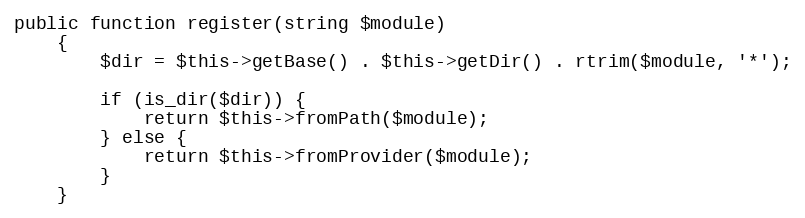
Language: PHP
public function register(string $module)
    {
        $dir = $this->getBase() . $this->getDir() . rtrim($module, '*');

        if (is_dir($dir)) {
            return $this->fromPath($module);
        } else {
            return $this->fromProvider($module);
        }
    }